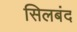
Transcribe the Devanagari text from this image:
सिलबंद